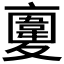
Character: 𩏉